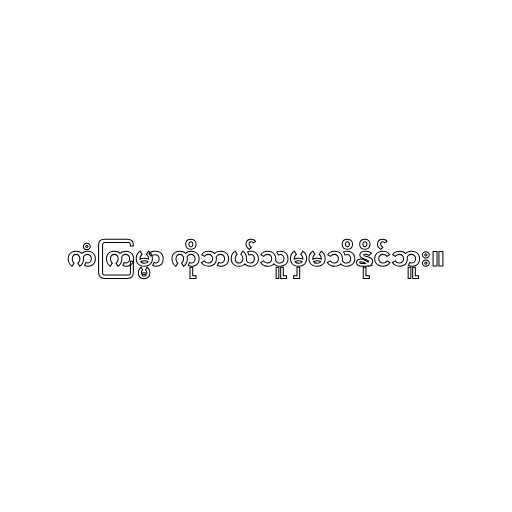
ကံကြမ္မာ ကိုဘယ်သူမှမသိနိုင်ဘူး။